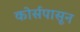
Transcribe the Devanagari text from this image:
कोर्सपासून